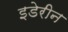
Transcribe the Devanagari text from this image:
इडेरीन